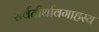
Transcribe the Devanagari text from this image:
सर्वतीर्थावगाहस्य